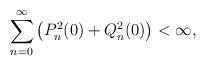
LaTeX: \begin{align*}\sum_{n=0}^{\infty}\left(P_{n}^{2}(0)+Q_{n}^{2}(0)\right)<\infty,\end{align*}